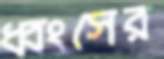
ধ্বংসের